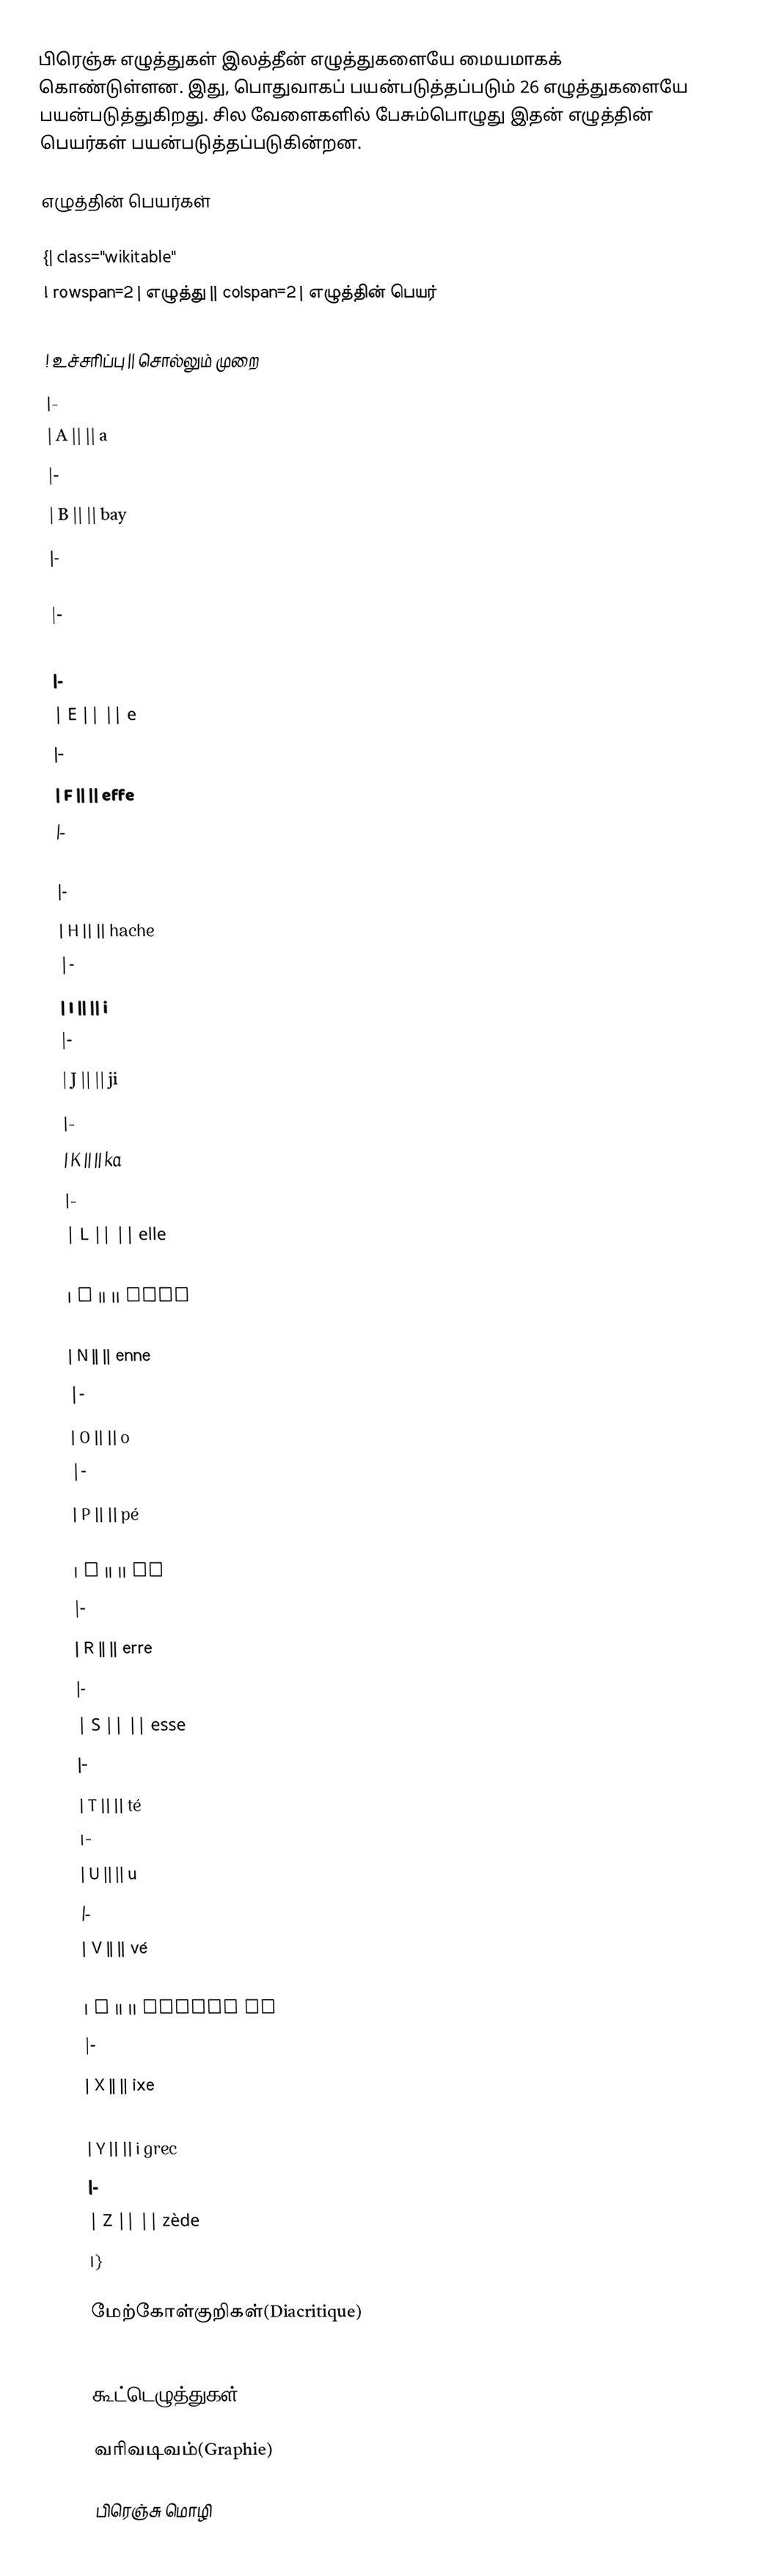
பிரெஞ்சு எழுத்துகள் இலத்தீன் எழுத்துகளையே மையமாகக் கொண்டுள்ளன. இது, பொதுவாகப் பயன்படுத்தப்படும் 26 எழுத்துகளையே பயன்படுத்துகிறது. சில வேளைகளில் பேசும்பொழுது இதன் எழுத்தின் பெயர்கள் பயன்படுத்தப்படுகின்றன.

எழுத்தின் பெயர்கள்

{| class="wikitable"
! rowspan=2 | எழுத்து || colspan=2 | எழுத்தின் பெயர்
|-
! உச்சரிப்பு || சொல்லும் முறை
|-
| A ||  || a
|-
| B ||  || bay
|-
| C ||  || cé
|-
| D ||  || day
|-
| E ||  || e
|-
| F ||  || effe
|-
| G ||  || gé
|-
| H ||  || hache
|-
| I ||  || i
|-
| J ||  || ji
|-
| K ||  || ka
|-
| L ||  || elle
|-
| M ||  || emme
|-
| N ||  || enne
|-
| O ||  || o
|-
| P ||  || pé
|-
| Q ||  || ku
|-
| R ||  || erre
|-
| S ||  || esse
|-
| T ||  || té
|-
| U ||  || u
|-
| V ||  || vé
|-
| W ||  || double vé
|-
| X ||  || ixe
|-
| Y ||  || i grec
|-
| Z ||  || zède
|}

மேற்கோள்குறிகள்(Diacritique)
asdfgghj

கூட்டெழுத்துகள்(Ligature)

வரிவடிவம்(Graphie)

பிரெஞ்சு மொழி